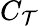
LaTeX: C_{\mathcal{T}}